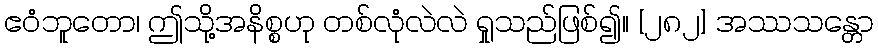
ဧဝံဘူတော၊ ဤသို့အနိစ္စဟု တစ်လုံလဲလဲ ရှုသည်ဖြစ်၍။ [၂၈၂] အဿသန္တော